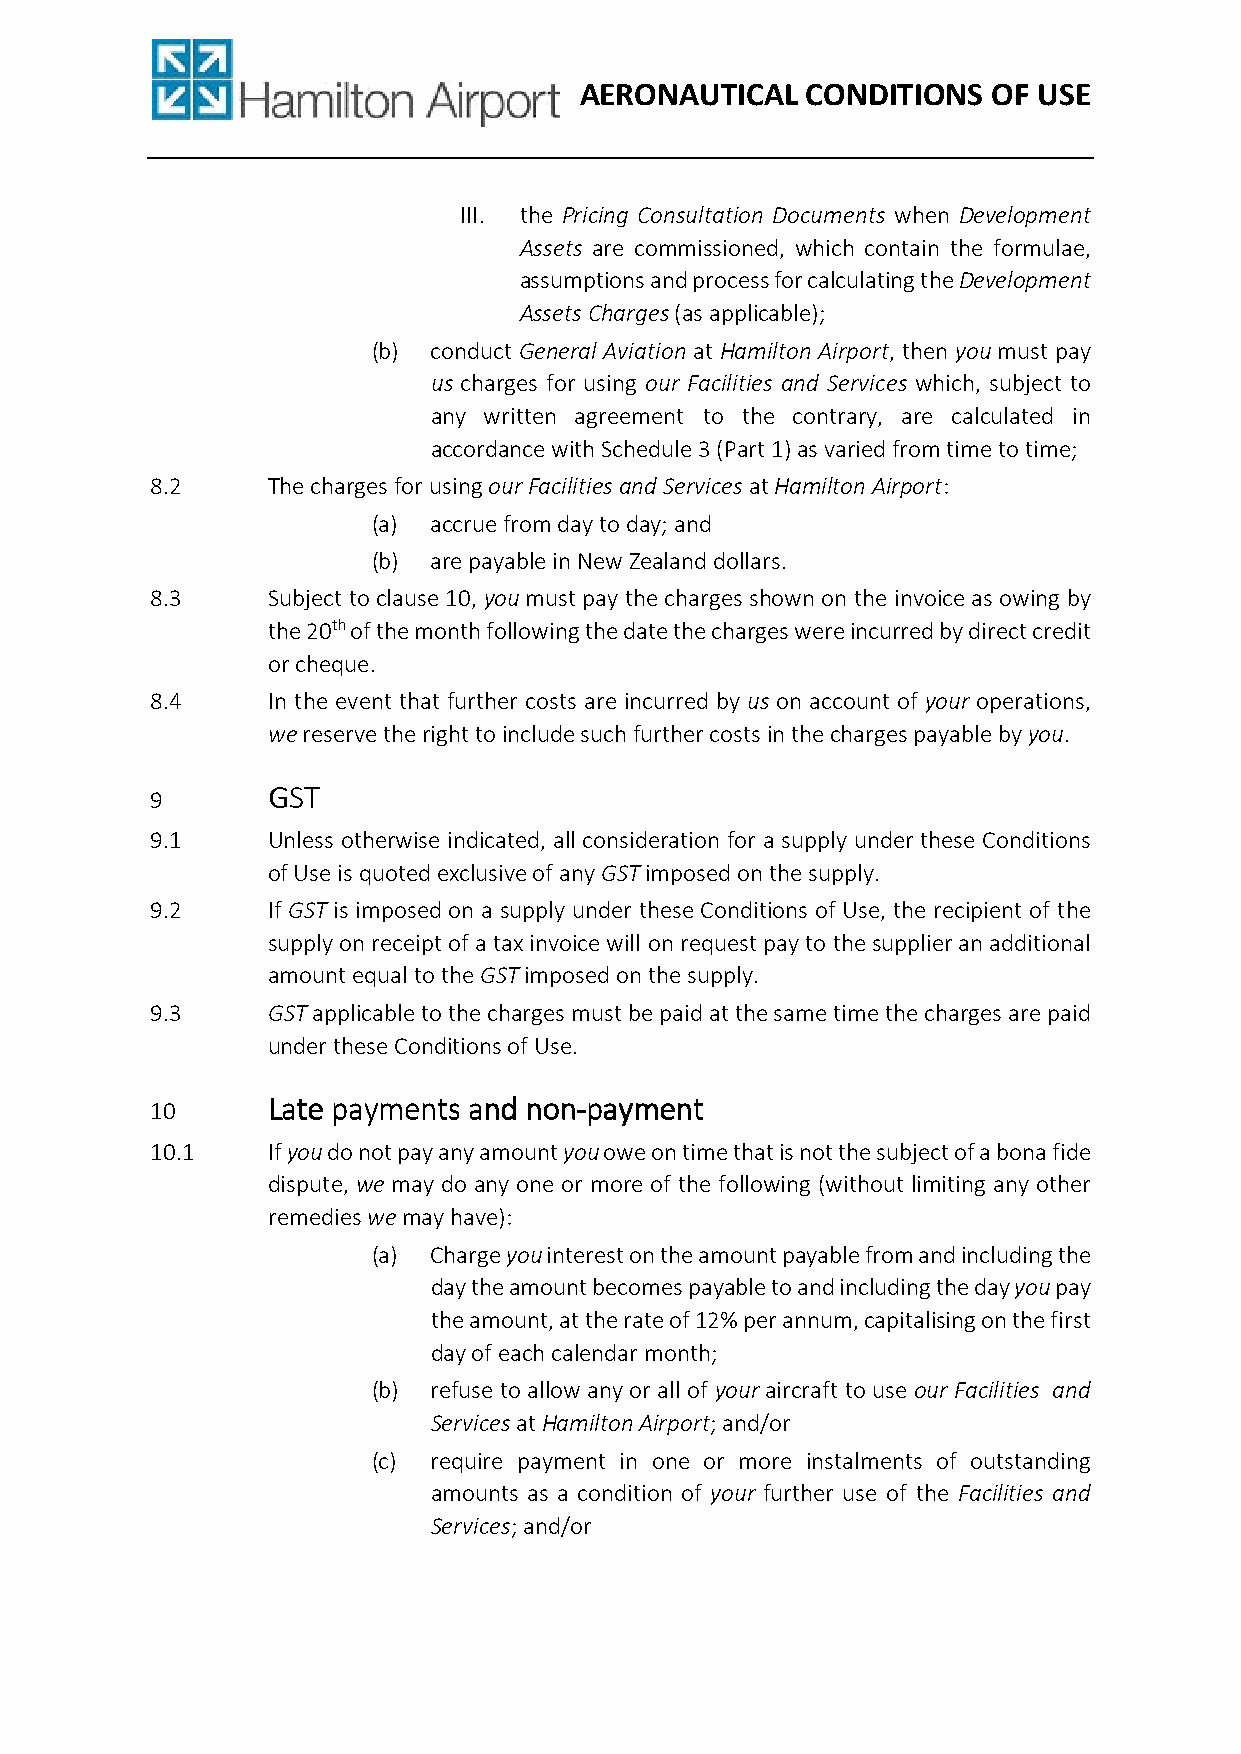
AERONAUTICAL   CONDITIONS   OF USE
 III. the Pricing Consultation Documents when Development
 Assets are commissioned, which contain the formulae,
 assumptions and process for calculating the Development
 Assets Charges (as applicable);
 (b) conduct General Aviation at Hamilton Airport, then you must pay
 us charges for using our Facilities and Services which, subject to
 any written agreement to the contrary, are calculated in
 accordance with Schedule 3 (Part 1) as varied from time to time;
 8.2     The charges for using our Facilities and Services at Hamilton Airport:
 (a) accrue from day to day; and
 (b) are payable in New Zealand dollars.
 8.3     Subject to clause 10, you must pay the charges shown on the invoice as owing by
 the 20th of the month following the date the charges were incurred by direct credit
 or cheque.
 8.4     In the event that further costs are incurred by us on account of your operations,
 we reserve the right to include such further costs in the charges payable by you.
 GGGGSSSSTTTT
 9
 9.1     Unless otherwise indicated, all consideration for a supply under these Conditions
 of Use is quoted exclusive of any GST imposed on the supply.
 9.2     If GST is imposed on a supply under these Conditions of Use, the recipient of the
 supply on receipt of a tax invoice will on request pay to the supplier an additional
 amount equal to the GST imposed on the supply.
 9.3     GST applicable to the charges must be paid at the same time the charges are paid
 under these Conditions of Use.
 LLLLaaaatttteeee ppppaaaayyyymmmmeeeennnnttttssss aaaannnndddd nnnnoooonnnn----ppppaaaayyyymmmmeeeennnntttt
 10
 10.1    If you do not pay any amount you owe on time that is not the subject of a bona fide
 dispute, we may do any one or more of the following (without limiting any other
 remedies we may have):
 (a) Charge you interest on the amount payable from and including the
 day the amount becomes payable to and including the day you pay
 the amount, at the rate of 12% per annum, capitalising on the first
 day of each calendar month;
 (b) refuse to allow any or all of your aircraft to use our Facilities and
 Services at Hamilton Airport; and/or
 (c) require payment in one or more instalments of outstanding
 amounts as a condition of your further use of the Facilities and
 Services; and/or